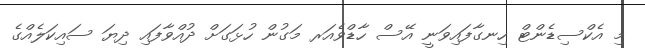
މި އެކްސިޑެންޓް ހިނގާފައިވަނީ އޭސް ހާޑްވެއަރ މަގުން ހުޅަގަށް ދުއްވާފައި ދިޔަ ސައިކަލެއްގެ